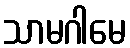
သာမဂါမေ